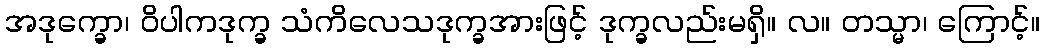
အဒုက္ခော၊ ဝိပါကဒုက္ခ သံကိလေသဒုက္ခအားဖြင့် ဒုက္ခလည်းမရှိ။ လ။ တသ္မာ၊ ကြောင့်။